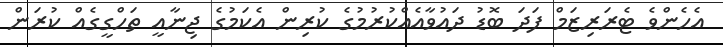
އެހެންވެ ޓެރަރިޒަމް ފަދަ ބޮޑު ދައުވާއެއްކުރުމުގެ ކުރިން އެކަމުގެ ޖިނާއީ ތަހްގީގެއް ކުރަން